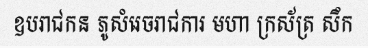
ឧបរាជកន ភូសំរេចរាជការ មហា ក្រស័ត្រ សឹក